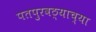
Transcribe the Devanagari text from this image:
पतपुरवठ्याच्या